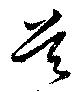
首